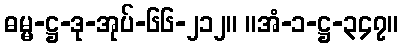
ဓမ္မ-ဋ္ဌ-ဒု-အုပ်-၆၆-၂၁၂။ ။အံ-၁-ဋ္ဌ-၃၄၇။